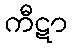
ကီဋာ